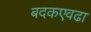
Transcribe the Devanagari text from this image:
बदकएवढा